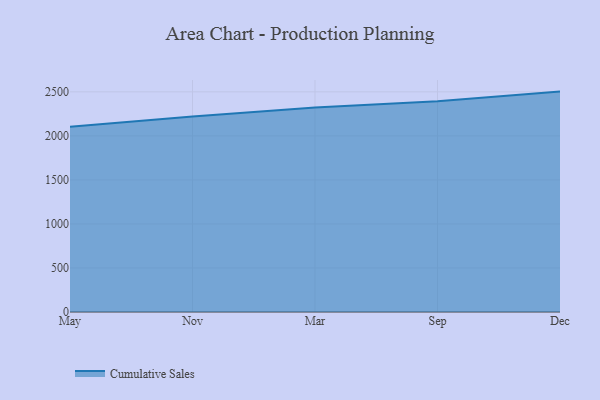
{"axis": {"x": "Month", "y": "Churn Rate (%)"}, "legend": ["Cumulative Sales"], "data": [{"x": "May", "y": 2104.1, "type": "Cumulative Sales"}, {"x": "Nov", "y": 2220.0, "type": "Cumulative Sales"}, {"x": "Mar", "y": 2321.4, "type": "Cumulative Sales"}, {"x": "Sep", "y": 2393.8, "type": "Cumulative Sales"}, {"x": "Dec", "y": 2502.8, "type": "Cumulative Sales"}]}